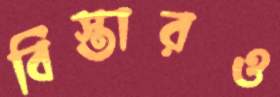
বিস্তারও